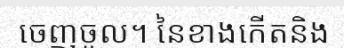
ចេញចូល។ នៃខាងកើតនិង